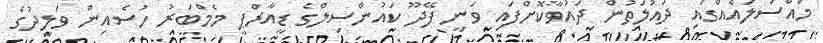
މައްސަލައެއްގައި ދައުލަތުން ދައުވާކޮށްފައި ވަނީ ފޭދޫ ކައުންސިލްގެ ޑީއާރްޕީ މެމްބަރު ހުސެއިން ވަލީދުގެ